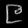
Digit: ၉